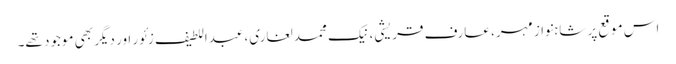
اس موقع پر شاہنواز مہر، عارف قریشی، نیک محمد لغاری، عبداللطیف زئور اور دیگر بھی موجود تھے۔